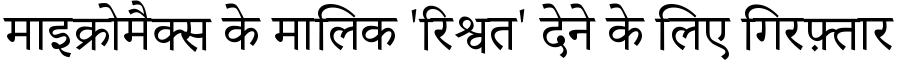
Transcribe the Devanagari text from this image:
माइक्रोमैक्स के मालिक 'रिश्वत' देने के लिए गिरफ़्तार